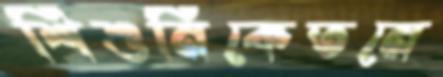
শিশুনিকেতনে